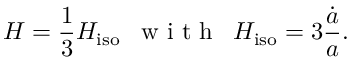
H = \frac { 1 } { 3 } { H _ { \mathrm { i s o } } } \enspace \mathrm { ~ w ~ i ~ t ~ h ~ } \enspace { H _ { \mathrm { i s o } } } = 3 \frac { \dot { a } } { a } .